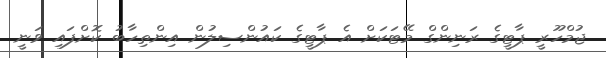
ޖުމްހޫރީ ޕާޓީގެ ރަނިންގް މޭޓަކަށް އެ ޕާޓީގެ ކައުންސިލުން އިންތިހާބު ކޮށްފައި ވަނީ